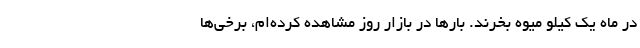
در ماه یک کیلو میوه بخرند. بارها در بازار روز مشاهده‌ کرده‌ام، برخی‌ها